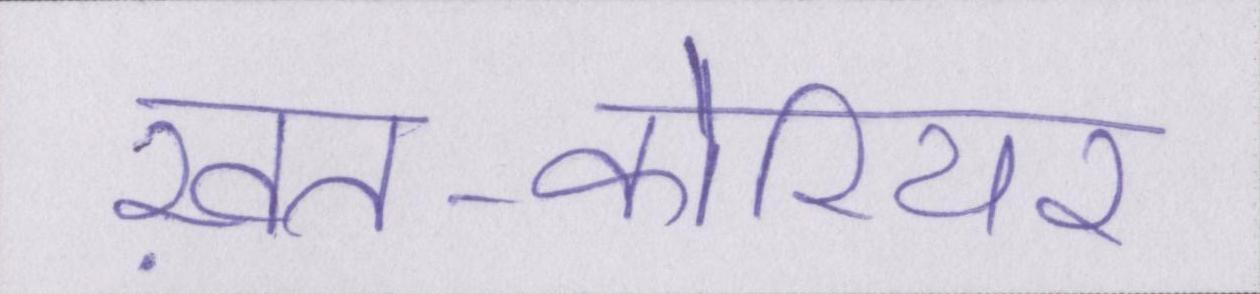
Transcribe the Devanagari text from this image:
ख़त-कोरियर